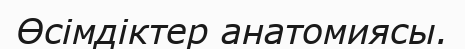
Өсімдіктер анатомиясы.